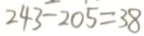
2 4 3 - 2 0 5 = 3 8